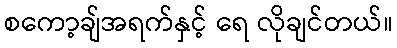
စကော့ချ်အရက်နှင့် ရေ လိုချင်တယ်။